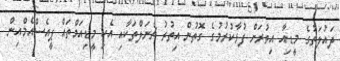
ދައުލަތުގެ މީޑިއާ އިތުރަށް ފުޅާކުރުމުގެ ގޮތުން އިތުރު ޗެނަލްތަކާއި އެކި މީޑިއަމްތައް ޕީއެސްއެމްއިން